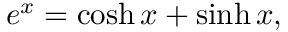
e ^ { x } = \cosh x + \sinh x ,